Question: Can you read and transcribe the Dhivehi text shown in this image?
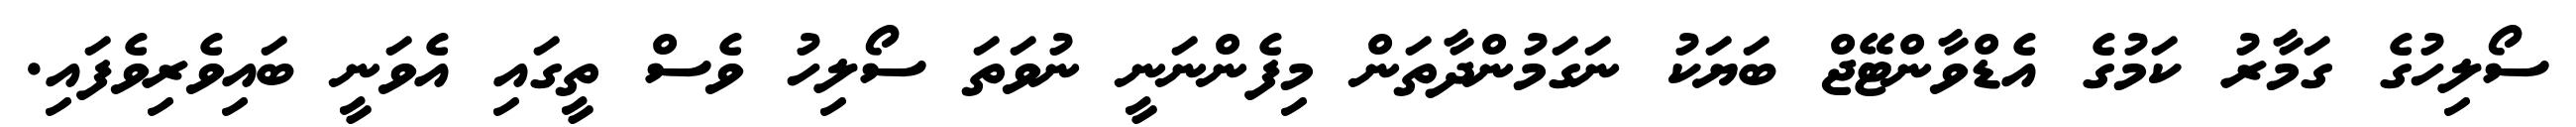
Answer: ސޯލިހުގެ ގަމާރު ކަމުގެ އެޑްވާންޓޭޖް ބަޔަކު ނަގަމުންދާތަން މިފެންނަނީ ނުވަތަ ސޯލިހު ވެސް ތީގައި އެވަނީ ބައިވެރިވެފައި.